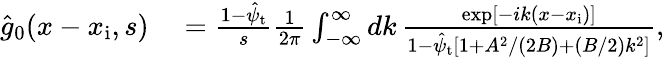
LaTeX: \begin{array}{rl}{\hat{g}_{0}(x-x_{\mathrm{i}},s)}&{{}=\frac{1-\hat{\psi}_{\mathrm{t}}}{s}\frac{1}{2\pi}\int_{-\infty}^{\infty}dk\, \frac{\exp[-ik(x-x_{\mathrm{i}})]}{1-\hat{\psi}_{\mathrm{t}}\left[1+A^{2}/(2B)+(B/2)k^{2}\right]},}\end{array}